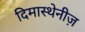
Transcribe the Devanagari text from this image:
दिमास्थेनीज़